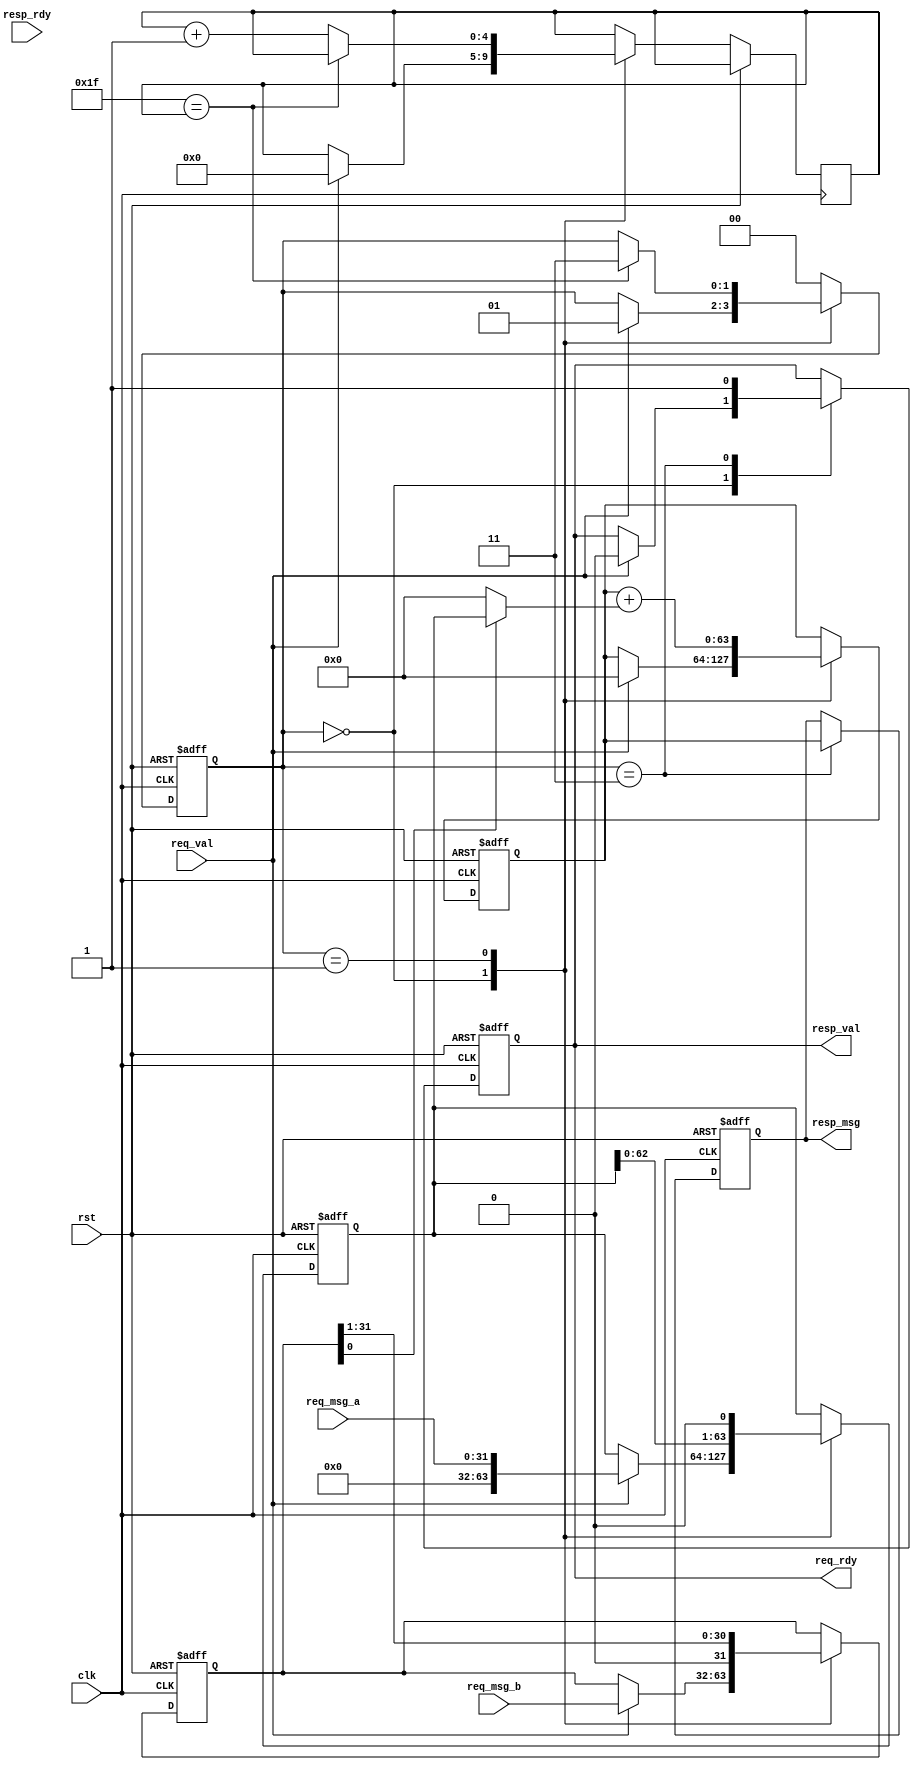
/*****************************************************************************************************
* Description:                 Fixed latency multiplier for Demo
*
*
*
* Rev History:
*       <Author>        <Date>        <Hardware>     <Version>        
*     Dengxue Yan   2017-01-09 17:00       --           1.00             Create
*****************************************************************************************************/
`timescale 1ns / 1ps

module multiplier(
    rst,
    clk,
    req_msg_a,
    req_msg_b,
    req_val,
    req_rdy,
    resp_msg,
    resp_val,
    resp_rdy
    );

    input  rst;// Reset
    input  clk;// System clk
    input  [31:0] req_msg_a;// Operand a
    input  [31:0] req_msg_b;// Operand b
    input  req_val;// Operation request
    output req_rdy;// New operands could be accepted, if it is deasserted, req_val and req_msg will be ignored

    output [63:0] resp_msg;// Multiplier result output
    reg [63:0] resp_msg;

    output resp_val;// Multiplier result valid flag
    reg    resp_val;
    input  resp_rdy;// Host ready to accept the result flag
 
    reg [1:0] state = 2'b00;
    reg [4:0] counter = 5'h00;

    reg [63:0] a_temp = 0;
    reg [31:0] b_temp = 0;
    reg [63:0] y_temp = 0;

    assign req_rdy = resp_val;

    always @(posedge clk or posedge rst) begin
        if (rst) begin
            // reset
            a_temp <= 0;
            b_temp <= 0;
            y_temp <= 0;
            resp_msg <= 0;
            state <= 2'b00;
            resp_val <= 1'b0;
        end
        else begin
            case (state)
            2'b00: begin
                if (req_val) begin
                    a_temp <= {32'h00000000, req_msg_a};
                    b_temp <= req_msg_b;
                    y_temp <= 0;
                    counter <= 5'h00;
                    resp_val <= 1'b0;
                    state <= 2'b01;
                end
            end
            2'b01: begin
                if (5'h1F == counter) begin
                    state <= 2'b11;
                end
                else begin
                    counter <= counter + 1'b1;
                end
                y_temp <= y_temp + (b_temp[0] ? a_temp: 0);

                a_temp <= {a_temp[62:0], 1'b0};
                b_temp <= {1'b0, b_temp[31:1]};
            end
            2'b11: begin
                resp_msg <= y_temp;
                resp_val <= 1'b1;
                state <= 2'b00;
            end
            default: begin
                state <= 2'b00;
            end
            endcase
        end
    end

endmodule